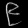
Digit: ၉